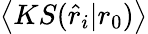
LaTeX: \left\langle KS(\hat{r}_{i}|r_{0})\right\rangle